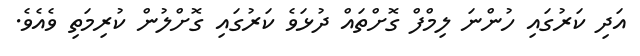
އަދި ކަރުގައި ހުންނަ ލިމްފް ގޮށްތައް ދުޅަވެ ކަރުގައި ގޮށްލުން ކުރިމަތި ވެއެވެ.